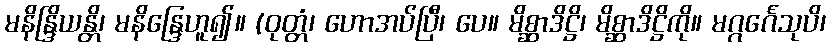
မနိန္ဒြိယန္တိ၊ မနိန္ဒြေဟူ၍။ (ဝုတ္တံ၊ ဟောအပ်ပြီ၊ ပေ။ မိစ္ဆာဒိဋ္ဌိ၊ မိစ္ဆာဒိဋ္ဌိကို။ မဂ္ဂင်္ဂေသုပိ၊